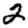
Digit: 2